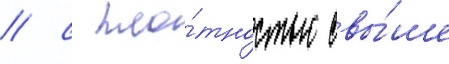
/ с пло́тностью свы́ше